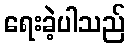
ရေးခဲ့ပါသည်